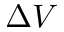
\Delta V